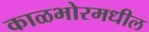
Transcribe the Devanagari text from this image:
काळभोरमधील